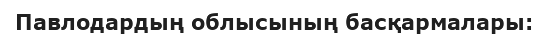
Павлодардың облысының басқармалары: